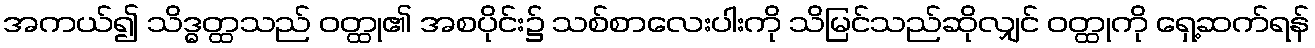
အကယ်၍ သိဒ္ဓတ္ထသည် ဝတ္ထု၏ အစပိုင်း၌ သစ်စာလေးပါးကို သိမြင်သည်ဆိုလျှင် ဝတ္ထုကို ရှေ့ဆက်ရန်